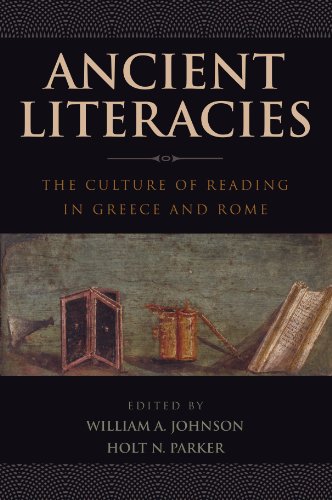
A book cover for Ancient Literacies: The Culture of Reading in Greece and Rome; Literature & Fiction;